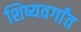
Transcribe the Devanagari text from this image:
शिष्यवर्गांत